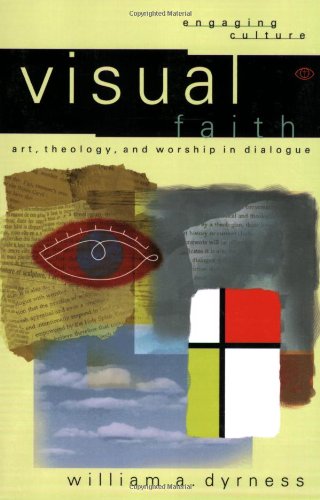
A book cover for Visual Faith: Art, Theology, and Worship in Dialogue (Engaging Culture); William A. Dyrness; Arts & Photography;